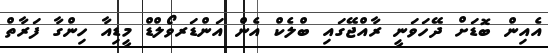
އެއިން ބޮޑަށް ދޭހަވަނީ ރާއްޖޭގައި ބްލެކް އެން އަންޑަރވޯލްޑް މީޑިއާ ހިންގާ ފަރާތް